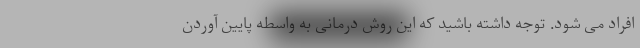
افراد می شود. توجه داشته باشید که این روش درمانی به واسطه پایین آوردن